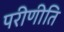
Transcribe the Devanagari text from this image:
परीणीति